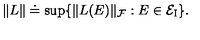
\| L \| \doteq \sup \{ \| L ( E ) \| _ { \cal F } : E \in { \cal E } _ { \mathrm { { \scriptsize I } } } \} .